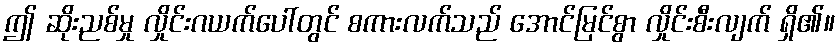
ဤ ဆိုးညစ်မှု လှိုင်းဂယက်ပေါ်တွင် စကားလက်သည် အောင်မြင်စွာ လှိုင်းစီးလျက် ရှိ၏။